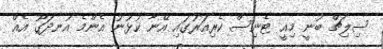
ސިލިޗް ބުނީ މިއީ ޓެނިސް ކެރިއަރުގައި އޭނާ ކުޅުނު އެންމެ އުނދަގޫ އެއް